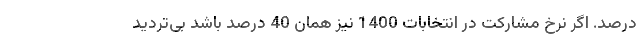
درصد. اگر نرخ مشارکت در انتخابات 1400 نیز همان 40 درصد باشد بی‌تردید